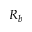
R _ { b }